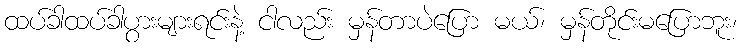
ထပ်ခါထပ်ခါပွားများရင်းနဲ့ ငါလည်း မှန်တာပဲပြော မယ်၊ မှန်တိုင်းမပြောဘူး၊